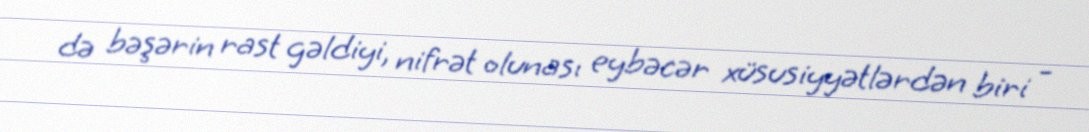
də bəşərin rast gəldiyi, nifrət olunası eybəcər xüsusiyyətlərdən biri -